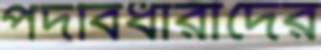
পদবিধারীদের